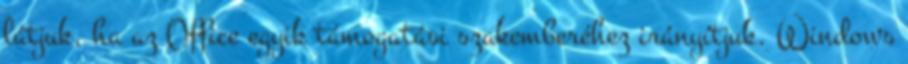
látjuk, ha az Office egyik támogatási szakemberéhez irányítjuk. Windows